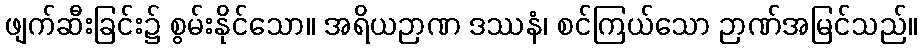
ဖျက်ဆီးခြင်း၌ စွမ်းနိုင်သော။ အရိယဉာဏ ဒဿနံ၊ စင်ကြယ်သော ဉာဏ်အမြင်သည်။